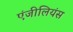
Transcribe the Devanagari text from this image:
एंजीलियंस